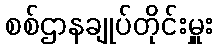
စစ်ဌာနချုပ်တိုင်းမှူး